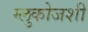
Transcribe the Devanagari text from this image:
ग्लुकोजशी